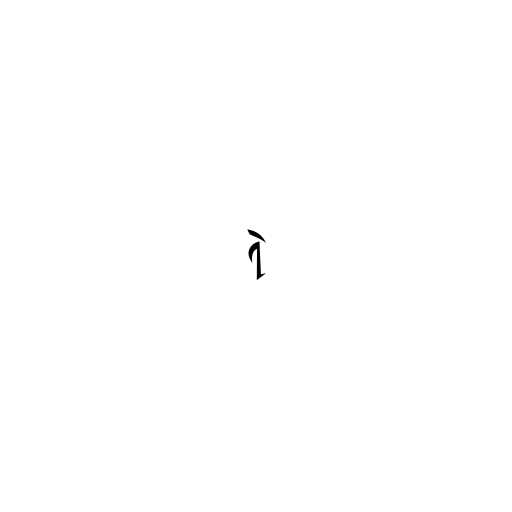
ရဲ